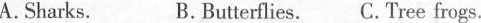
A.Sharks. B.Butterflies. C.Tree frogs.